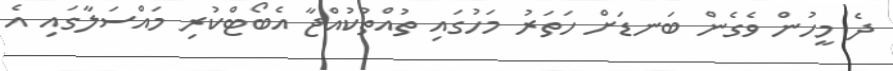
ދެ މީހުން ވެގެން ބަނޑަށް ހަތަރު މަހުގައި ތުއްތުކުއްޖާ އެބޯޓްކުރި މައްސަލާގައި އެ